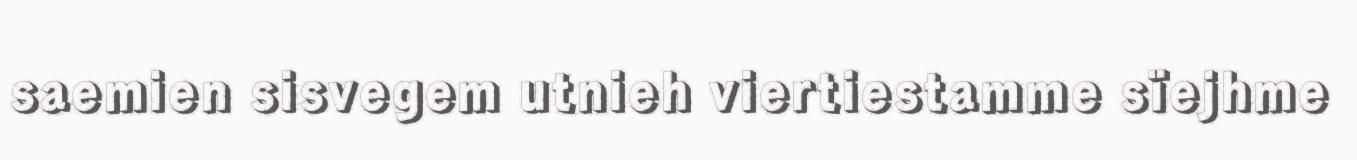
saemien sisvegem utnieh viertiestamme sïejhme